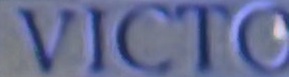
VICTO